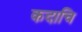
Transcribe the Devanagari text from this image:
कदाचि